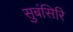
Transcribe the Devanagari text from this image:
सुबंसिरि